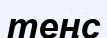
теңс